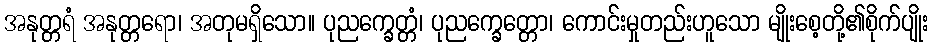
အနုတ္တရံ အနုတ္တရော၊ အတုမရှိသော။ ပုညက္ခေတ္တံ၊ ပုညက္ခေတ္တော၊ ကောင်းမှုတည်းဟူသော မျိုးစေ့တို့၏စိုက်ပျိုး